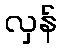
လှန်